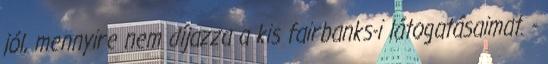
jól, mennyire nem díjazza a kis fairbanks-i látogatásaimat. -